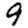
Digit: 9